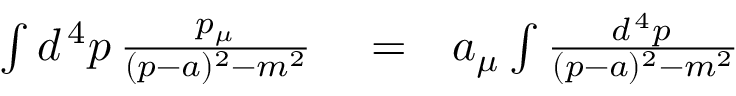
\begin{array} { r l r } { \int d ^ { \, 4 } p \, { \frac { p _ { \mu } } { ( p - a ) ^ { 2 } - m ^ { 2 } } } } & { { } = } & { a _ { \mu } \int { \frac { d ^ { \, 4 } p \, } { ( p - a ) ^ { 2 } - m ^ { 2 } } } } \end{array}